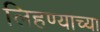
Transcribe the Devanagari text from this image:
लिहण्याच्या